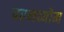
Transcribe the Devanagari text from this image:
परमव्योम